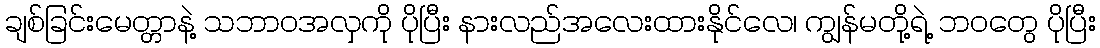
ချစ်ခြင်းမေတ္တာနဲ့ သဘာဝအလှကို ပိုပြီး နားလည်အလေးထားနိုင်လေ၊ ကျွန်မတို့ရဲ့ ဘဝတွေ ပိုပြီး